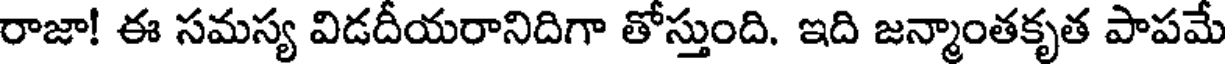
రాజా! ఈ సమస్య విడదీయరానిదిగా తోస్తుంది. ఇది జన్మాంతకృత పాపమే